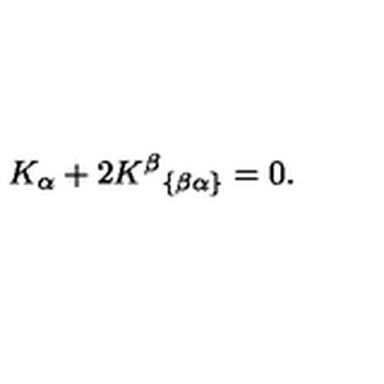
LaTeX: K _ { \alpha } + 2 K ^ { \beta } { } _ { \left\{ \beta \alpha \right\} } = 0 .